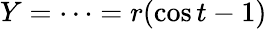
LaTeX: Y=\cdots=r(\cos t-1)